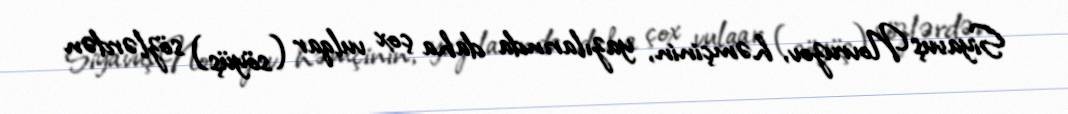
Siyavuş Novruzov, həmçinin, yazılarında daha çox vulqar (söyüş) sözlərdən